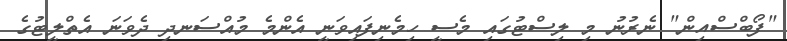
"ފޯބްސްއިން" ނެރުނު މި ލިސްޓުގައި މެސީ ހިމެނިފައިވަނީ އެންމެ މުއްސަނދި ދެވަނަ އެތްލީޓުގެ